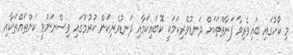
މި ކޯހުގައި ބައިވެރިވާ ފަރާތްތަކަށް ދަނޑުވެރިކަމަކީ ކޮބައިކަމާއި ދަނޑުވެރިކަން ކުރުމުގައި ވިސްނަންވީ ކަންތައްތަކާއި